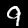
Digit: 9